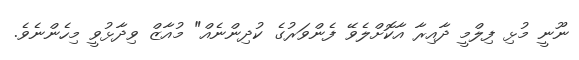
ނޫނީ މުޅި ފިލްމީ ދާއިރާ އާކޮށްލެވޭ ފެންވަރުގެ ކުދިންނެއް" މުއާޒް ވިދާޅުވީ މިހެންނެވެ.